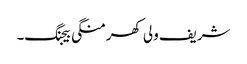
شریف ولی کھرمنگی بیجنگ۔